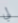
لي